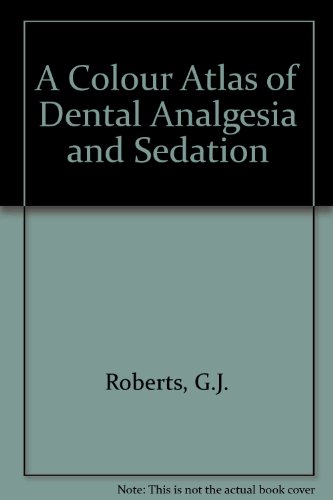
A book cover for Colour Atlas Dental Analgesia; G.J. Roberts; Medical Books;